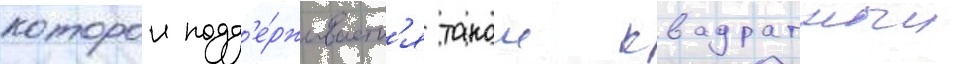
которои подд'е́рживаетс'я такои квадратныи